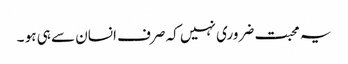
یہ محبت ضروری نہیں کہ صرف انسان سے ہی ہو ۔